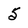
Character: 5